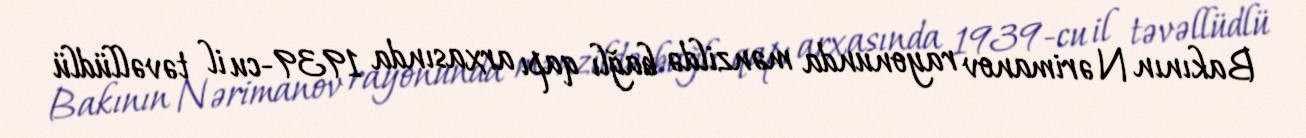
Bakının Nərimanov rayonunda mənzildə bağlı qapı arxasında 1939-cu il təvəllüdlü